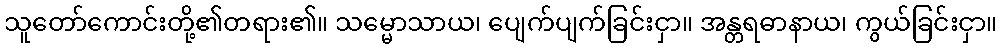
သူတော်ကောင်းတို့၏တရား၏။ သမ္မောသာယ၊ ပျေက်ပျက်ခြင်းငှာ။ အန္တရဓာနာယ၊ ကွယ်ခြင်းငှာ။